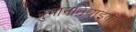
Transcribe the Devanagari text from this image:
नुमानतियाइयों